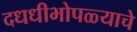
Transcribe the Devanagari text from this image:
दधधीभोपळ्याचे